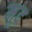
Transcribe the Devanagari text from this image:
मूद